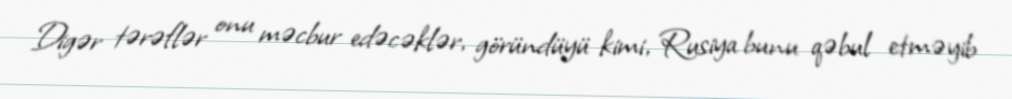
Digər tərəflər onu məcbur edəcəklər, göründüyü kimi, Rusiya bunu qəbul etməyib